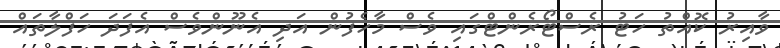
ވާއިރު ކޮއްތު ހަޓު ރެސްޓޯރެންޓްގައި ވެސް މާހެފުން އަދި އެނޫންވެސް އެފަދަ ހަފްލާތައް